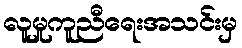
လူမှုကူညီရေးအသင်းမှ